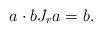
LaTeX: \begin{align*} a\cdot bJ_ra = b.\end{align*}